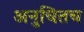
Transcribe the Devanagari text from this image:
अनुचितच